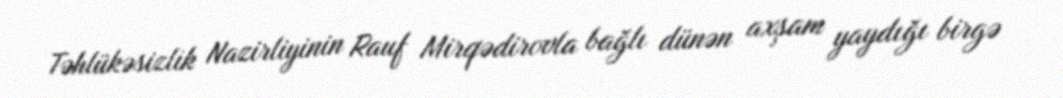
Təhlükəsizlik Nazirliyinin Rauf Mirqədirovla bağlı dünən axşam yaydığı birgə